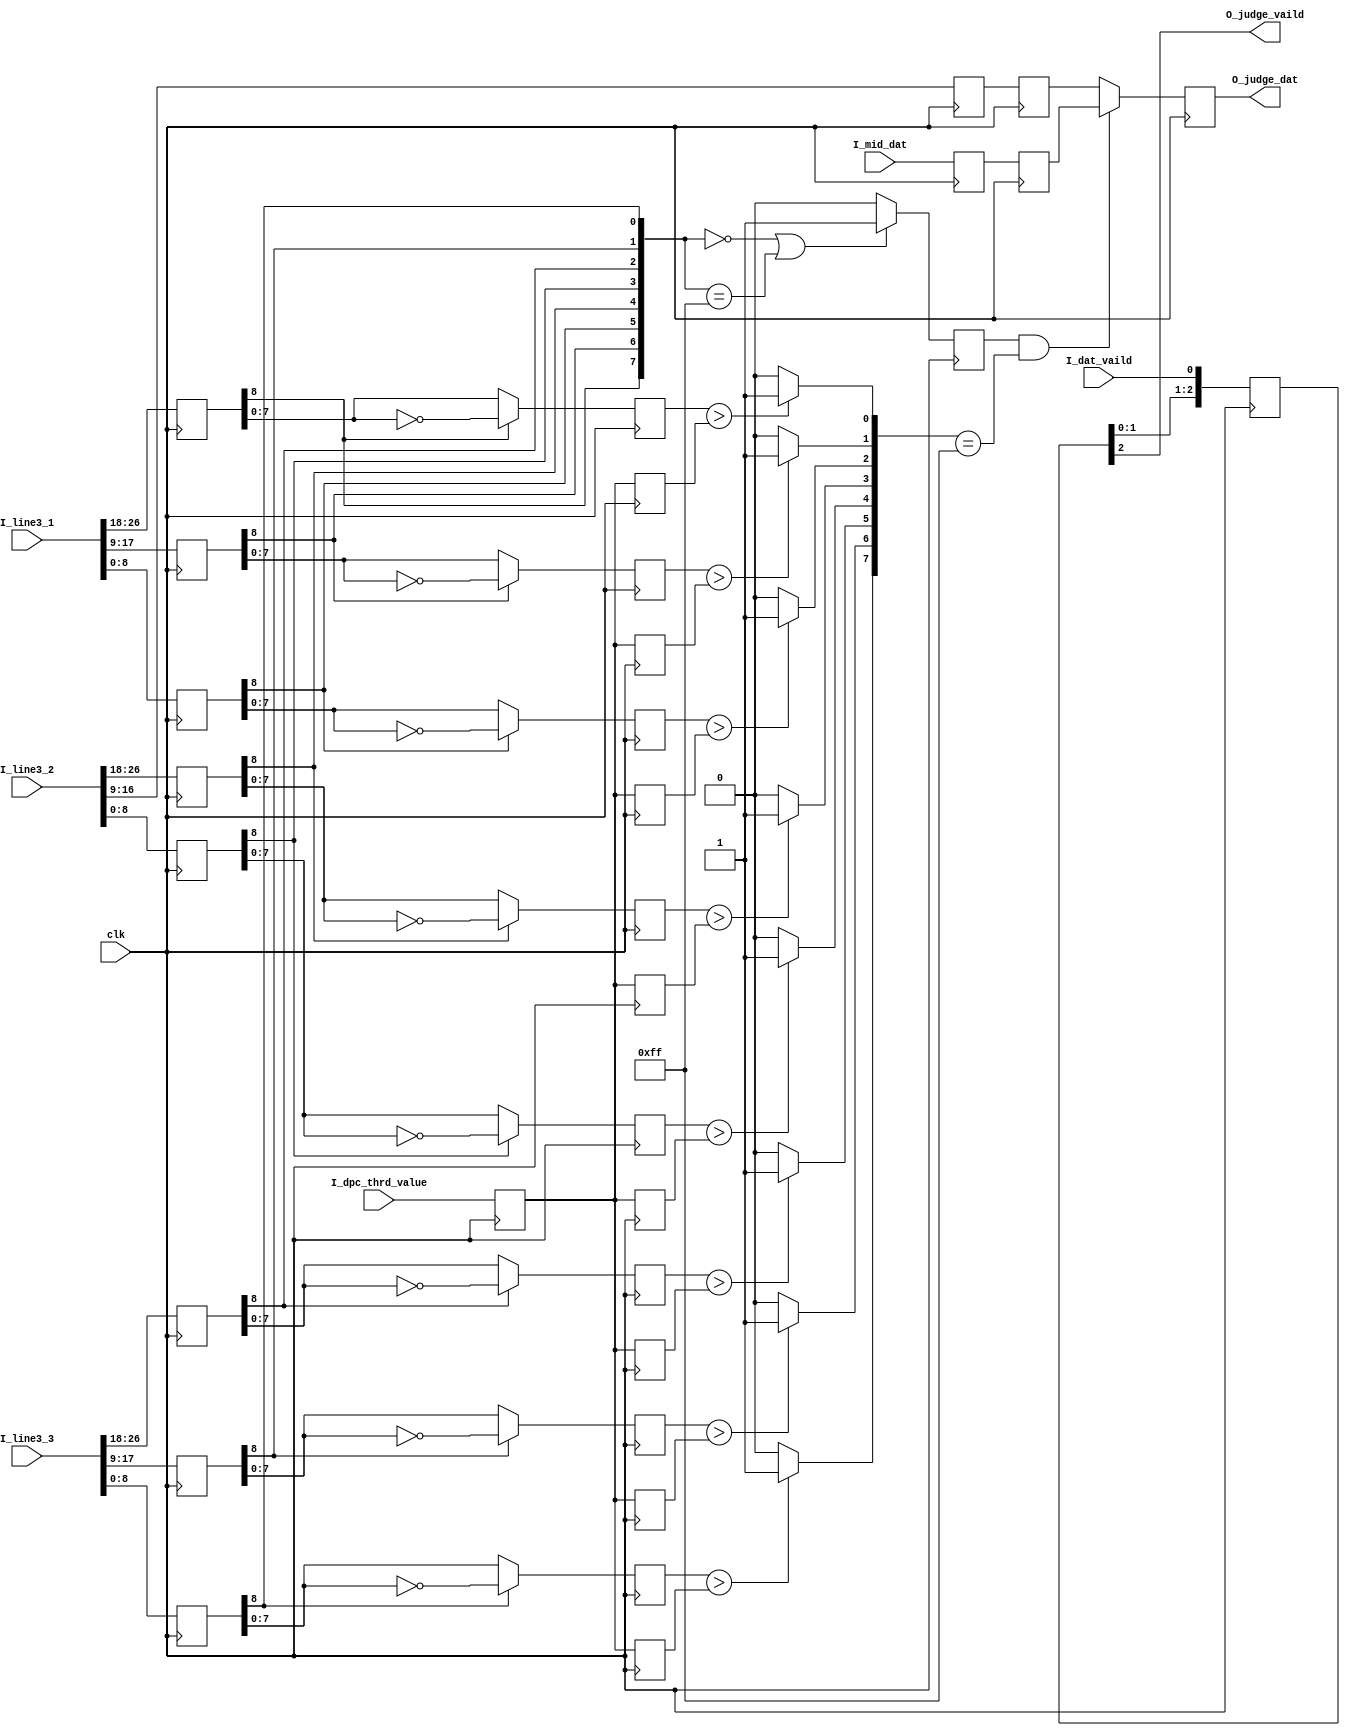

//
// ***********************************************************************
//     ____     ___      |       |
//    /        /   \     |____   |____
//   |        |     |    |    |  |    |
//    \____    \___/     |____|  |____|

//  COPYRIGHT        :  COBB.PENG 
//  URL              :  www..com
//  TEMPLATE VERSION :  V00
//
//
//  FileName         :   
//  ModuleName       :   
//  HardWare Version :   
//  Software Version :   
//  Verilog  Version :  verilog 2001 
//  Target Devices   :   
//  Description      :      
//
//   ____________________________________________________
//  |          |           |   
//  | Version  |  Designer |  Update 
//  |----------|-----------|-----------------------------
//  |  00      |  CobbPeng | File Created. 
//  |----------|-----------|-----------------------------
//  |          |           | 
// ------------------------------------------------------------


module  dpc_dat_judge #(
parameter DATA_WIDTH 		= 8	
)
(
input 								clk 				,
input 	[7:0]						I_dpc_thrd_value	,
input 	[3*DATA_WIDTH+2:0]			I_line3_1			,
input 	[3*DATA_WIDTH+2:0]			I_line3_2			, 
input 	[3*DATA_WIDTH+2:0]			I_line3_3 			,
input 								I_dat_vaild			,
input	[DATA_WIDTH-1:0]			I_mid_dat 			,
output 	[DATA_WIDTH-1:0]			O_judge_dat			,
output 								O_judge_vaild		
);
// ------------------------------------------------------- ----------------------------- FIRST BLOOD 
reg  [DATA_WIDTH:0]	dat1r0,dat2r0,dat3r0,dat4r0,dat5r0,dat6r0,dat7r0,dat8r0,dat9r0;
reg  	[7:0]				thr1r0;
wire 	[7:0] 				sig_bit ;
wire 						comp_en ;
always @(posedge clk) {dat1r0,dat2r0,dat3r0,dat4r0,dat5r0,dat6r0,dat7r0,dat8r0,dat9r0} 
													<= {I_line3_1,I_line3_2,I_line3_3};
always @(posedge clk) thr1r0<= I_dpc_thrd_value;
assign 	sig_bit = {	dat1r0[DATA_WIDTH],dat2r0[DATA_WIDTH],dat3r0[DATA_WIDTH],dat4r0[DATA_WIDTH],
					dat6r0[DATA_WIDTH],dat7r0[DATA_WIDTH],dat8r0[DATA_WIDTH],dat9r0[DATA_WIDTH]};
assign 	comp_en = ((sig_bit==8'd0)| (sig_bit==8'hff))?1'd1:1'd0 ;
// -------------------------------------------------------------------------------------- SECOND BLOOD 
reg	[DATA_WIDTH-1:0]		dat1r1,dat2r1,dat3r1,dat4r1,dat6r1,dat7r1,dat8r1,dat9r1;
reg  		[7:0]			thr1r1,thr2r1,thr3r1,thr4r1,thr6r1,thr7r1,thr8r1,thr9r1;
reg 						comp_enr ;
always @(posedge clk) {thr1r1,thr2r1,thr3r1,thr4r1,thr6r1,thr7r1,thr8r1,thr9r1} <= {8{thr1r0}};
always @(posedge clk)				comp_enr<= comp_en ;
always @(posedge clk) 
	if(dat1r0[DATA_WIDTH])			dat1r1 <= ~dat1r0[DATA_WIDTH-1:0];
	else 							dat1r1 <=  dat1r0[DATA_WIDTH-1:0];
always @(posedge clk) 
	if(dat2r0[DATA_WIDTH])			dat2r1 <= ~dat2r0[DATA_WIDTH-1:0];
	else 							dat2r1 <=  dat2r0[DATA_WIDTH-1:0];	
always @(posedge clk) 
	if(dat3r0[DATA_WIDTH])			dat3r1 <= ~dat3r0[DATA_WIDTH-1:0];
	else 							dat3r1 <=  dat3r0[DATA_WIDTH-1:0];	
always @(posedge clk) 
	if(dat4r0[DATA_WIDTH])			dat4r1 <= ~dat4r0[DATA_WIDTH-1:0];
	else 							dat4r1 <=  dat4r0[DATA_WIDTH-1:0];
always @(posedge clk) 
	if(dat6r0[DATA_WIDTH])			dat6r1 <= ~dat6r0[DATA_WIDTH-1:0];
	else 							dat6r1 <=  dat6r0[DATA_WIDTH-1:0];
always @(posedge clk) 
	if(dat7r0[DATA_WIDTH])			dat7r1 <= ~dat7r0[DATA_WIDTH-1:0];
	else 							dat7r1 <=  dat7r0[DATA_WIDTH-1:0];	
always @(posedge clk) 
	if(dat8r0[DATA_WIDTH])			dat8r1 <= ~dat8r0[DATA_WIDTH-1:0];
	else 							dat8r1 <=  dat8r0[DATA_WIDTH-1:0];	
always @(posedge clk) 
	if(dat9r0[DATA_WIDTH])			dat9r1 <= ~dat9r0[DATA_WIDTH-1:0];
	else 							dat9r1 <=  dat9r0[DATA_WIDTH-1:0];
// --------------------------------------------------------------------------
wire 	[7:0]	flg;
assign 	flg[0] = dat1r1 > thr1r1 ? 1'd1:1'd0 ;
assign 	flg[1] = dat2r1 > thr2r1 ? 1'd1:1'd0 ;
assign 	flg[2] = dat3r1 > thr3r1 ? 1'd1:1'd0 ;
assign 	flg[3] = dat4r1 > thr4r1 ? 1'd1:1'd0 ;
assign 	flg[4] = dat6r1 > thr6r1 ? 1'd1:1'd0 ;
assign 	flg[5] = dat7r1 > thr7r1 ? 1'd1:1'd0 ;
assign 	flg[6] = dat8r1 > thr8r1 ? 1'd1:1'd0 ;
assign 	flg[7] = dat9r1 > thr9r1 ? 1'd1:1'd0 ;
// --------------------------------------------------------------------------------------------- THIRD BLOOD
reg  [DATA_WIDTH-1:0]		new_dat ;
reg  [DATA_WIDTH-1:0]		dat5r1 ;
reg  [DATA_WIDTH-1:0]		midr0,  midr1  ;
reg  [2:0] 					vaild_r ; 
wire 						judge_flag ;	
always @(posedge clk) dat5r1			<= dat5r0;
always @(posedge clk) {midr1,  midr0 }	<= {midr0 ,I_mid_dat};
always @(posedge clk) vaild_r           <= {vaild_r[1:0],I_dat_vaild};
always @(posedge clk)
	if(judge_flag)				new_dat <= midr1 	;
	else 						new_dat <= dat5r1    ;
assign 	judge_flag = comp_enr&(flg==8'hff) ;
assign 	O_judge_dat 	=  new_dat 		;
assign 	O_judge_vaild 	= vaild_r[2] 	;

endmodule